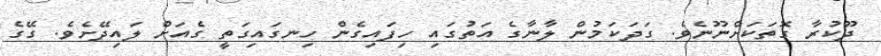
ދޫކުރާ ގޮތަކަށްނޫނެވެ. ގަދަކަމުން ލާނާގެ އަތުގައި ހިފައިގެން ހިނގައިގަތީ ގެއަށް ލައިދޭށެވެ. ގޭގެ